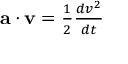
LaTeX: \textstyle \mathbf { a } \cdot \mathbf { v } = { \frac { 1 } { 2 } } { \frac { d v ^ { 2 } } { d t } }